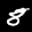
Label: 8